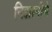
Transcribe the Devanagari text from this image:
निझामीने